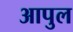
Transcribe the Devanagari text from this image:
आपुल